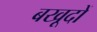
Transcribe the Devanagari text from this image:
बखूदों